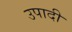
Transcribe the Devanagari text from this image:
उपादी